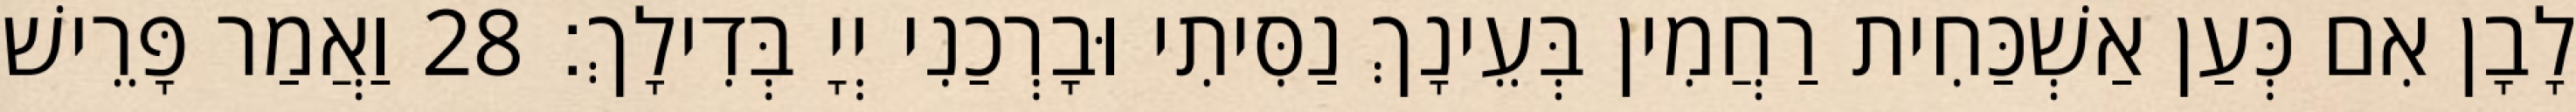
לָבָן אִם כְּעַן אַשְׁכַּחִית רַחֲמִין בְּעֵינָךְ נַסִּיתִי וּבָרְכַנִי יְיָ בְּדִילָךְ׃ 28 וַאֲמַר פָּרֵישׁ